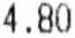
4.80